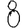
Digit: 8